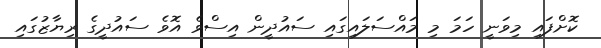
ކޮށްފައި މިވަނީ ހަމަ މި މައްސަލައިގައި ސައުދީން އިސްވެ އޮވެ ސައުދީގެ ރިޔާޒުގައި